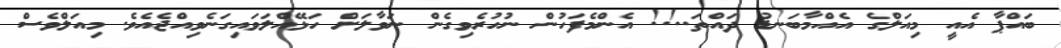
ބައްޕާ އެއީ މިއަލްގެ އެއްމާބަނޑު ދައްތަ..!! އެންމެފަހުން ނުހުރެވިގެން ނަވާލަށް ހަޅޭއްލަވައިގަނެވިއްޖެއެވެ. މިއަލްވެސް